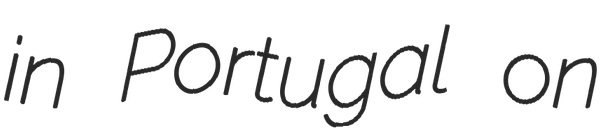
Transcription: in Portugal on